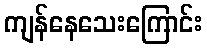
ကျန်နေသေးကြောင်း